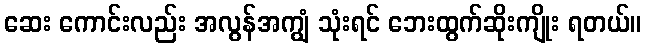
ဆေး ကောင်းလည်း အလွန်အကျွံ သုံးရင် ဘေးထွက်ဆိုးကျိုး ရတယ်။